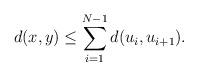
LaTeX: \begin{align*}d(x,y)\leq \sum_{i=1}^{N-1} d(u_i,u_{i+1}).\end{align*}